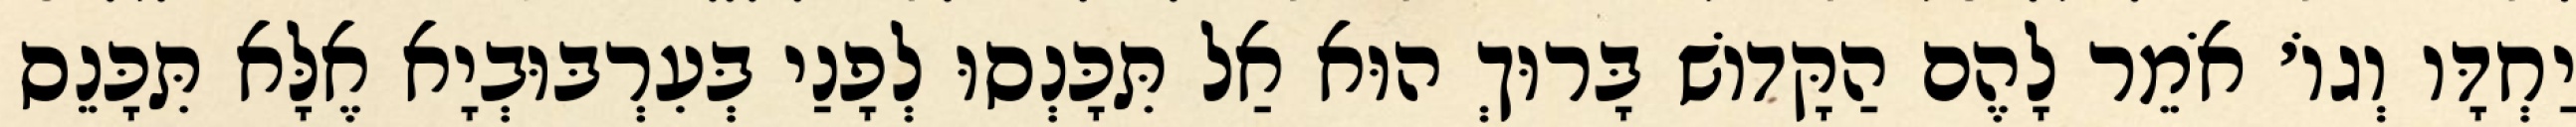
יַחְדָּו וְגוֹ׳ אֹמֵר לָהֶם הַקָּדוֹשׁ בָּרוּךְ הוּא אַל תִּכָּנְסוּ לְפָנַי בְּעִרְבּוּבְיָא אֶלָּא תִּכָּנֵס